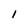
Character: l